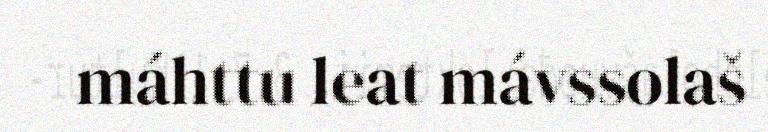
máhttu leat mávssolaš